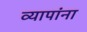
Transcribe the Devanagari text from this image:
व्यापांना